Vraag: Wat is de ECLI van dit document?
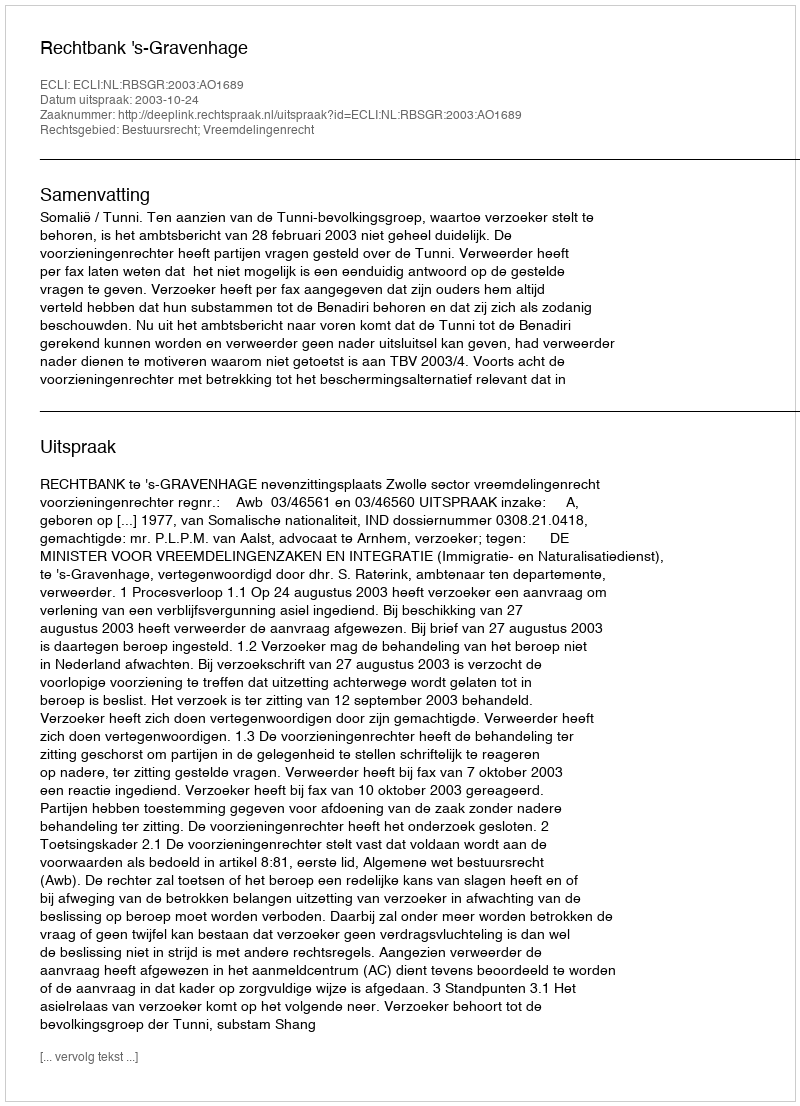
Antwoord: ECLI:NL:RBSGR:2003:AO1689